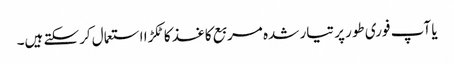
یا آپ فوری طور پر تیار شدہ مربع کاغذ کا ٹکڑا استعمال کرسکتے ہیں۔